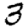
Digit: 3